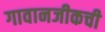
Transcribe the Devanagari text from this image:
गावानजीकची